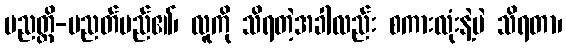
ပညတ္ထိ-ပညတ်မည်၏၊ လူကို သိရတဲ့အခါလည်း စကားလုံးနဲ့ပဲ သိရတာ၊